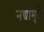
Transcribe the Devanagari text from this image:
नद्यामुळे